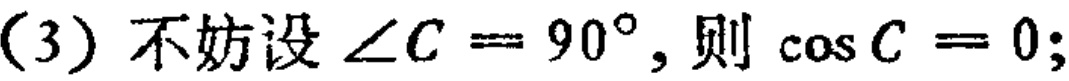
(3) 不妨设 $\angle C = 90^{\circ}$, 则 $\cos C = 0$;